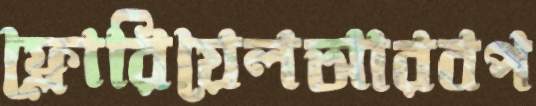
ফ্লোরিয়েলআরবপ